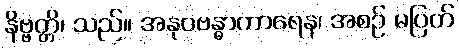
နိဗ္ဗတ္တိ၊ သည်။ အနုပဗန္ဓာကာရေန၊ အစဉ် မပြတ်